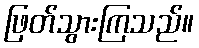
ဖြတ်သွားကြသည်။